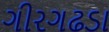
ગીરગઢડા